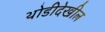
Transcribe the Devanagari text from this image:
थोडीदेखील